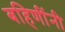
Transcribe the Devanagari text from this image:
बहिणींनी